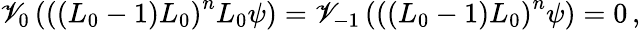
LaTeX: \mathscr{V}_{0}\left(\left((L_{0}-1)L_{0}\right)^{n}L_{0}\psi\right)=\mathscr{V}_{-1}\left(\left((L_{0}-1)L_{0}\right)^{n}\psi\right)=0\, ,